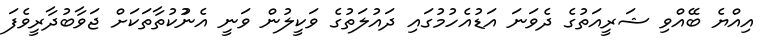
އިއްޔެ ބޭއްވި ޝަރީއަތުގެ ދެވަނަ އަޑުއެހުމުގައި ދައުލަތުގެ ވަކީލުން ވަނީ އެނުުކުތާތަކަށް ޖަވާބުދާރީވެފަ